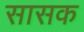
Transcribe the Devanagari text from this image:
सासक